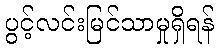
ပွင့်လင်းမြင်သာမှုရှိရန်